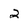
Character: 2